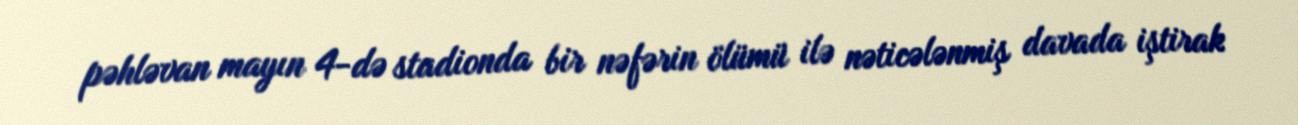
pəhləvan mayın 4-də stadionda bir nəfərin ölümü ilə nəticələnmiş davada iştirak